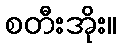
စတီးအိုး။